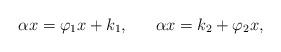
LaTeX: \begin{align*}\alpha x=\varphi_1 x+ k_1, \ \ \ \ \ \alpha x=k_2+\varphi_2 x,\end{align*}